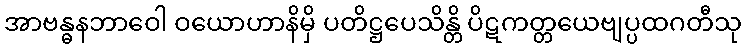
အာဗန္ဓနဘာဝေါ ဝယောဟာနိမှိ ပတိဋ္ဌပေသိန္တိ ပိဋကတ္တယေဗျပ္ပထဂတီသု